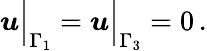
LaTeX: \boldsymbol{u}\Big|_{\Gamma_{1}}=\boldsymbol{u}\Big|_{\Gamma_{3}}=0\, .